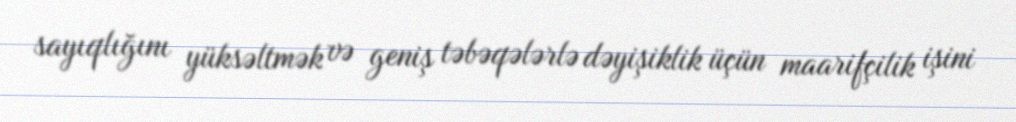
sayıqlığını yüksəltmək və geniş təbəqələrlə dəyişiklik üçün maarifçilik işini